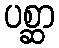
ပစ္ဆာ